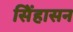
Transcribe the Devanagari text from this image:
सिेंहासन